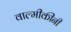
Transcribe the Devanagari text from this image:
वाल्मीकींनी